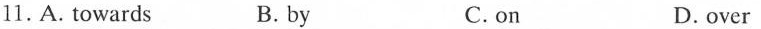
11. A. Towards B.by C.on D.over